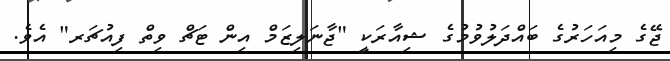
ޖޭގެ މިއަހަރުގެ ބައްދަލުވުމުގެ ޝިއާރަކީ "ޖާނަލިޒަމް އިން ޓަޗް ވިތް ފިއުޗަރ" އެވެ.